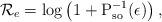
LaTeX: \begin{align*} \mathcal{R}_e = \log \left( 1+ \textrm{P}_\textrm{so}^{-1}(\epsilon) \right) ,\end{align*}